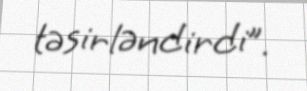
təsirləndirdi”.